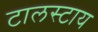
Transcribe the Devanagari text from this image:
टालस्‍टाय